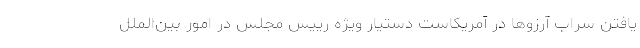
یافتن سراب آرزوها در آمریکاست دستیار ویژه رییس مجلس در امور بین‌الملل